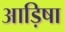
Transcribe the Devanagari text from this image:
आड़िषा